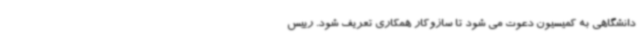
دانشگاهی به کمیسیون دعوت می شود تا سازوکار همکاری تعریف شود. رییس